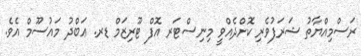
ރަސްމިއްޔާތު ޝަރަފުވެރި ކޮށްދެއްވީ މިނިސްޓަރ އޮފް ޓޫރިޒަމް ޑރ. ޢަބްދު މައުސޫމް އެވެ.